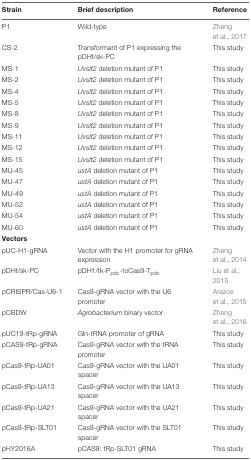
<table><thead><tr><td><b>Strain</b></td><td><b>Brief description</b></td><td><b>Reference</b></td></tr></thead><tbody><tr><td>P1</td><td>Wild-type</td><td>Zheng et al., 2017</td></tr><tr><td>CS-2</td><td>Transformant of P1 expressing the pDHt/sk-PC</td><td>This study</td></tr><tr><td>MS-1</td><td><i>Uvslt2</i> deletion mutant of P1</td><td>This study</td></tr><tr><td>MS-2</td><td><i>Uvslt2</i> deletion mutant of P1</td><td>This study</td></tr><tr><td>MS-4</td><td><i>Uvslt2</i> deletion mutant of P1</td><td>This study</td></tr><tr><td>MS-5</td><td><i>Uvslt2</i> deletion mutant of P1</td><td>This study</td></tr><tr><td>MS-8</td><td><i>Uvslt2</i> deletion mutant of P1</td><td>This study</td></tr><tr><td>MS-9</td><td><i>Uvslt2</i> deletion mutant of P1</td><td>This study</td></tr><tr><td>MS-11</td><td><i>Uvslt2</i> deletion mutant of P1</td><td>This study</td></tr><tr><td>MS-12</td><td><i>Uvslt2</i> deletion mutant of P1</td><td>This study</td></tr><tr><td>MS-15</td><td><i>Uvslt2</i> deletion mutant of P1</td><td>This study</td></tr><tr><td>MU-45</td><td><i>ustA</i> deletion mutant of P1</td><td>This study</td></tr><tr><td>MU-47</td><td><i>ustA</i> deletion mutant of P1</td><td>This study</td></tr><tr><td>MU-49</td><td><i>ustA</i> deletion mutant of P1</td><td>This study</td></tr><tr><td>MU-52</td><td><i>ustA</i> deletion mutant of P1</td><td>This study</td></tr><tr><td>MU-54</td><td><i>ustA</i> deletion mutant of P1</td><td>This study</td></tr><tr><td>MU-60</td><td><i>ustA</i> deletion mutant of P1</td><td>This study</td></tr><tr><td><b>Vectors</b></td><td></td><td></td></tr><tr><td>pUC-H1-gRNA</td><td>Vector with the H1 promoter for gRNA expression</td><td>Zheng et al., 2014</td></tr><tr><td>pDHt/sk-PC</td><td>pDH1/tk-P<sub>pdc</sub>-toCas9-T<sub>pdc</sub></td><td>Liu et al., 2015</td></tr><tr><td>pCRISPR/Cas-U6-1</td><td>Cas9-gRNA vector with the U6 promoter</td><td>Arazoe et al., 2015</td></tr><tr><td>pCBDW</td><td><i>Agrobacterium</i> binary vector</td><td>Zheng et al., 2016</td></tr><tr><td>pUC19-tRp-gRNA</td><td>Gln-tRNA promoter of gRNA</td><td>This study</td></tr><tr><td>pCAS9-tRp-gRNA</td><td>Cas9-gRNA vector with the tRNA promoter</td><td>This study</td></tr><tr><td>pCas9-tRp-UA01</td><td>Cas9-gRNA vector with the UA01 spacer</td><td>This study</td></tr><tr><td>pCas9-tRp-UA13</td><td>Cas9-gRNA vector with the UA13 spacer</td><td>This study</td></tr><tr><td>pCas9-tRp-UA21</td><td>Cas9-gRNA vector with the UA21 spacer</td><td>This study</td></tr><tr><td>pCas9-tRp-SLT01</td><td>Cas9-gRNA vector with the SLT01 spacer</td><td>This study</td></tr><tr><td>pHY2016A</td><td>pCAS9: tRp-SLT01 gRNA</td><td>This study</td></tr></tbody></table>